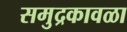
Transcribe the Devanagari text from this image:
समुद्रकावळा